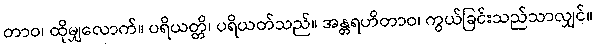
တာဝ၊ ထိုမျှလောက်။ ပရိယတ္တိ၊ ပရိယတ်သည်။ အန္တရဟိတာဝ၊ ကွယ်ခြင်းသည်သာလျှင်။